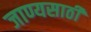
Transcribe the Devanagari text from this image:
जाण्यसाठी